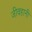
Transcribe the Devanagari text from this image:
जीवहानी